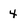
Character: 4